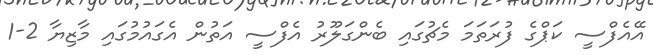
އޭއެފްސީ ކަޕްގެ ފުރަތަމަ މެޗުގައި ބެންގަލޫރު އެފްސީ އަތުން އެގައުމުގައި މާޒިޔާ 2-1